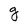
Character: g